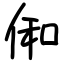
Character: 俰